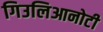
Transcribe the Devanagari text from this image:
गिउलिआनोटी